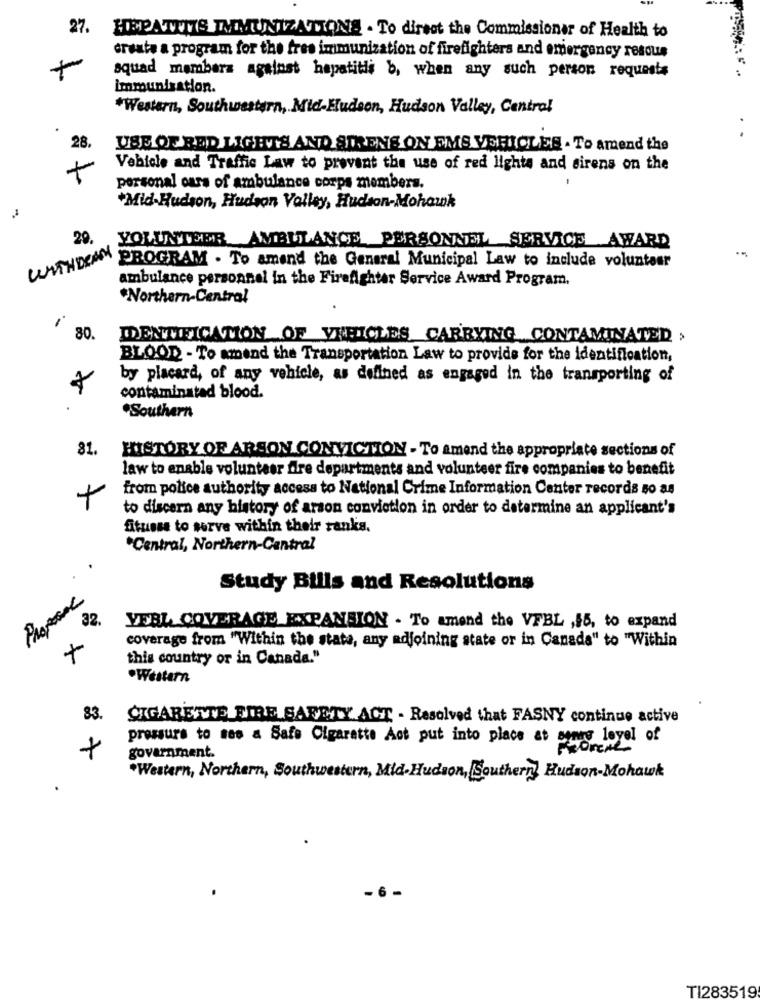
27. HEPATITIS IMMUNIZATIONS . To direst the Commissioner of Health to
create a program for the free immunization of firefighters and emergency rescue
+
squad members against hepatitis b, when any such person requests
immunisation.
*Western, Southwestern, Mid-Hudson, Hudson Valley, Central
28.
USE OF RED LIGHTS AND SIRENS ON EMS VEHICLES . To amend the
+
Vehicle and Traffic Law to prevent the use of red lights and sirens on the
-
personal cars of ambulance corps members.
*Mid-Hudson, Hudson Valley, Hudson-Mohawk
29.
VOLUNTEER AMBULANCE PERSONNEL SERVICE AWARD
UNTHIRAN PROGRAM . To amend the General Municipal Law to include volunteer
ambulance personnel in the Firefighter Service Award Program,
*Northern-Central
80.
IDENTIFICATION OF VEHICLES CARRYING CONTAMINATED >
BLOOD - To amend the Transportation Law to provide for the identification,
by placard, of any vehicle, as defined as engaged in the transporting of
contaminated blood.
.
Southern
81.
HISTORY OF ARSON CONVICTION - To amend the appropriate sections of
law to enable volunteer fire departments and volunteer fire companies to benefit
from police authority access to National Crime Information Center records so as
+
to discern any history of arson conviction in order to determine an applicant's
fitusse to serve within their ranks.
"Central, Northern-Central
Study Bills and Resolutions
VEBL COVERAGE EXPANSION . To amend the VFBL ,$5, to expand
coverage from "Within the stata, any adjoining state or in Canada" to "Within
this country or in Canada."
.Western
83.
CIGARETTE FIRE SAFETY ACT - Resolved that FASNY continue active
pressure to see a Safe Cigaratte Act put into place at samas leyel of
government.
*Western, Northern, Southwestern, Mid-Hudson, Southern Hudson-Mohawk
6
TI283519